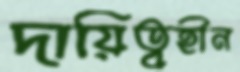
দায়িত্বহীন